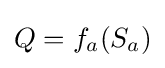
Q=f_{a}(S_{a})